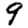
Digit: 9